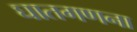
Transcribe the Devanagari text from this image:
घातगणना